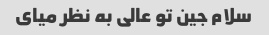
سلام جین تو عالی به نظر میای